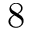
8